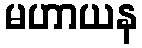
မဟာယန